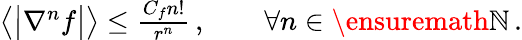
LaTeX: \begin{array}{r}{\big\langle\bigl|\nabla^{n}f\bigr|\big\rangle\leq\frac{C_{f}n!}{r^{n}}\, ,\qquad\forall n\in\ensuremath{\mathbb{N}}\, .}\end{array}